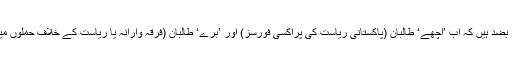
ظاہری طور پر پاکستانی حکام اِس بات پر بضد ہیں کہ اب ’اچھے‘ طالبان (پاکستانی ریاست کی پراکسی فورسز) اور ’برے‘ طالبان (فرقہ وارانہ یا ریاست کے خلاف حملوں میں ملوث) کے درمیان کوئی فرق نہیں ہے۔